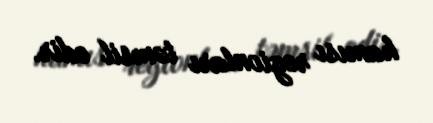
hamısı regionları təmsil edir.